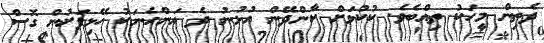
ދެތިން މީހަކު ތިއްބެވެ. ކުކުޅަށް ކާންދޭން އުޅުނު ދެ އަންހެނަކު ހޭޅިފަށުން ގޮސް